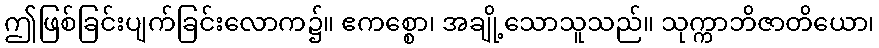
ဤဖြစ်ခြင်းပျက်ခြင်းလောက၌။ ဧကစ္စော၊ အချို့သောသူသည်။ သုက္ကာဘိဇာတိယော၊